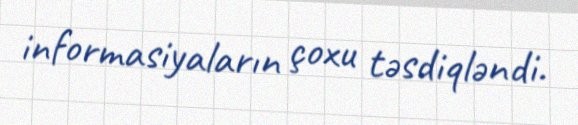
informasiyaların çoxu təsdiqləndi.